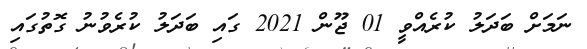
ނަމަށް ބަދަލު ކުރެއްވީ 01 ޖޫން 2021 ގައި ބަދަލު ކުރެވުނު ގޮތުގައި